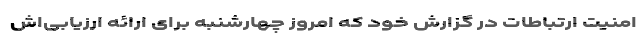
امنیت ارتباطات در گزارش خود که امروز چهارشنبه برای ارائه ارزیابی‌اش